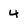
Character: 4